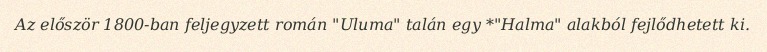
Az először 1800-ban feljegyzett román "Uluma" talán egy *"Halma" alakból fejlődhetett ki.